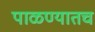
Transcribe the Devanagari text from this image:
पाळण्यातच